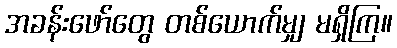
အခန်းဖော်တွေ တစ်ယောက်မျှ မရှိကြ။